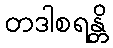
တဒါစရန္တိ